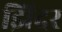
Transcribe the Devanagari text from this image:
झिदर